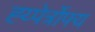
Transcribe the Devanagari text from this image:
ह्य्पेर्त्रोफ्य